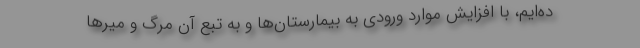
ده‌ایم، با افزایش موارد ورودی به بیمارستان‌ها و به تبع آن مرگ و میرها